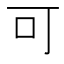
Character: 可